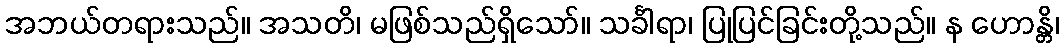
အဘယ်တရားသည်။ အသတိ၊ မဖြစ်သည်ရှိသော်။ သင်္ခါရာ၊ ပြုပြင်ခြင်းတို့သည်။ န ဟောန္တိ၊